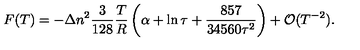
F ( T ) = - \Delta n ^ { 2 } \frac { 3 } { 1 2 8 } \frac { T } { R } \left( \alpha + \ln \tau + \frac { 8 5 7 } { 3 4 5 6 0 \tau ^ { 2 } } \right) + { \cal O } ( T ^ { - 2 } ) { . }